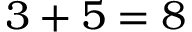
3 + 5 = 8